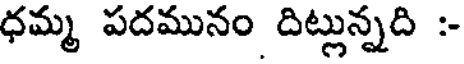
ధమ్మ పదమునం దిట్లున్నది :-